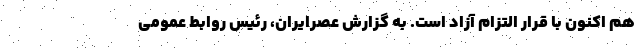
هم اکنون با قرار التزام آزاد است. به گزارش عصرایران، رئیس روابط عمومی